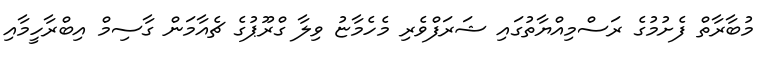
މުބާރާތް ފެށުމުގެ ރަސްމިއްޔާތުގައި ޝަރަފްވެރި މެހެމާޏު ވިލާ ގްރޫޕުގެ ޗެއާމަން ގާސިމް އިބްރާހީމާއި